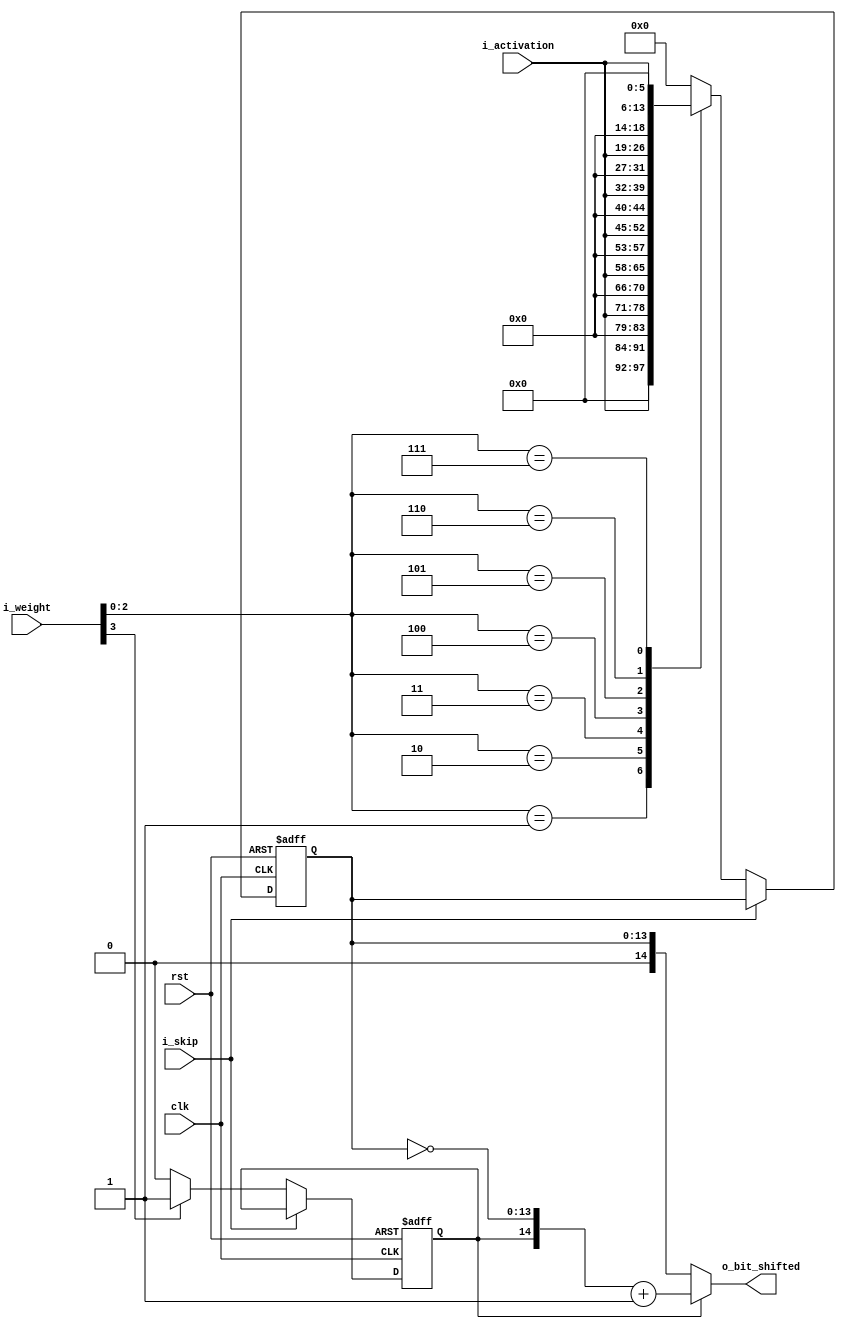
`timescale 1ns / 1ps
module bit_shifter_1(
	input         clk,
	input         rst,
	input         i_skip,
	input  [3:0]  i_weight,
	input  [7:0]  i_activation,
	output [14:0] o_bit_shifted 
);

reg [13:0] r_bit_shifted;
reg        r_sign;

always @(posedge clk or posedge rst) begin

	if(rst) begin
		r_bit_shifted <= 14'd0;
		r_sign        <=  1'd0;
	end else begin
		if(i_skip) begin
			r_sign        <= r_sign;
			r_bit_shifted <= r_bit_shifted;
		end else begin
			case (i_weight [2:0]) // operate by i_weight excepting sign bit
				3'd1    : r_bit_shifted <= {6'd0, i_activation      };
				3'd2    : r_bit_shifted <= {5'd0, i_activation, 1'd0};
				3'd3    : r_bit_shifted <= {4'd0, i_activation, 2'd0};
				3'd4    : r_bit_shifted <= {3'd0, i_activation, 3'd0};
				3'd5    : r_bit_shifted <= {2'd0, i_activation, 4'd0};
				3'd6    : r_bit_shifted <= {1'd0, i_activation, 5'd0};
				3'd7    : r_bit_shifted <= {      i_activation, 6'd0};
				default : r_bit_shifted <= 14'd0;
			endcase

			r_sign <= (i_weight[3]) ? 1'd1 : 1'd0;
		end
	end
end

assign o_bit_shifted = (r_sign) ? {r_sign, ~(r_bit_shifted)} + 1'd1 : {r_sign, r_bit_shifted};

endmodule